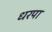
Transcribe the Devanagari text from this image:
धरपा